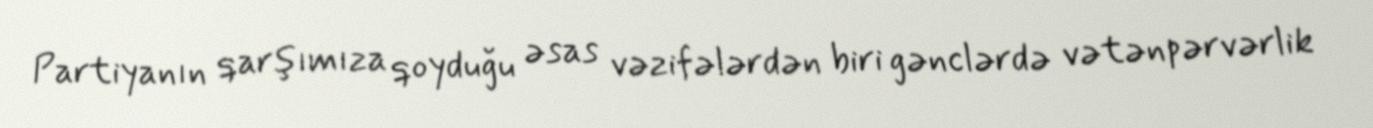
Partiyanın qarşımıza qoyduğu əsas vəzifələrdən biri gənclərdə vətənpərvərlik